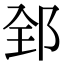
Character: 𨛈